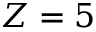
Z = 5